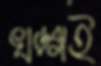
খড়্গই